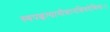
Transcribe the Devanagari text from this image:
स्वपद्धत्यामीशानशिवदेशिकः।।